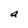
Character: a